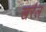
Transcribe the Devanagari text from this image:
खर्रल